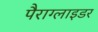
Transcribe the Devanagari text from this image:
पैराग्लाइडर